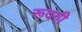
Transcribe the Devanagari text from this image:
रूदगी